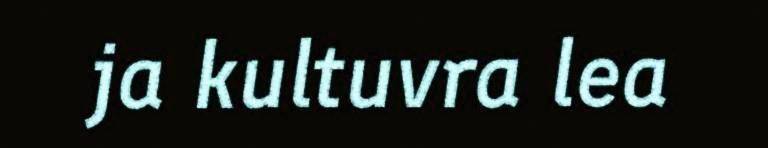
ja kultuvra lea